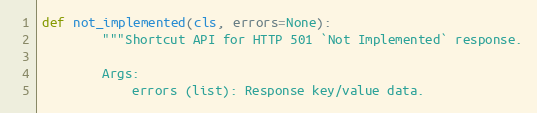
Language: Python
def not_implemented(cls, errors=None):
        """Shortcut API for HTTP 501 `Not Implemented` response.

        Args:
            errors (list): Response key/value data.